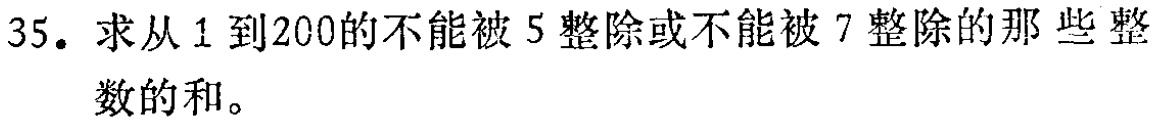
35. 求从 1 到 200 的不能被 5 整除或不能被 7 整除的那些整数的和。